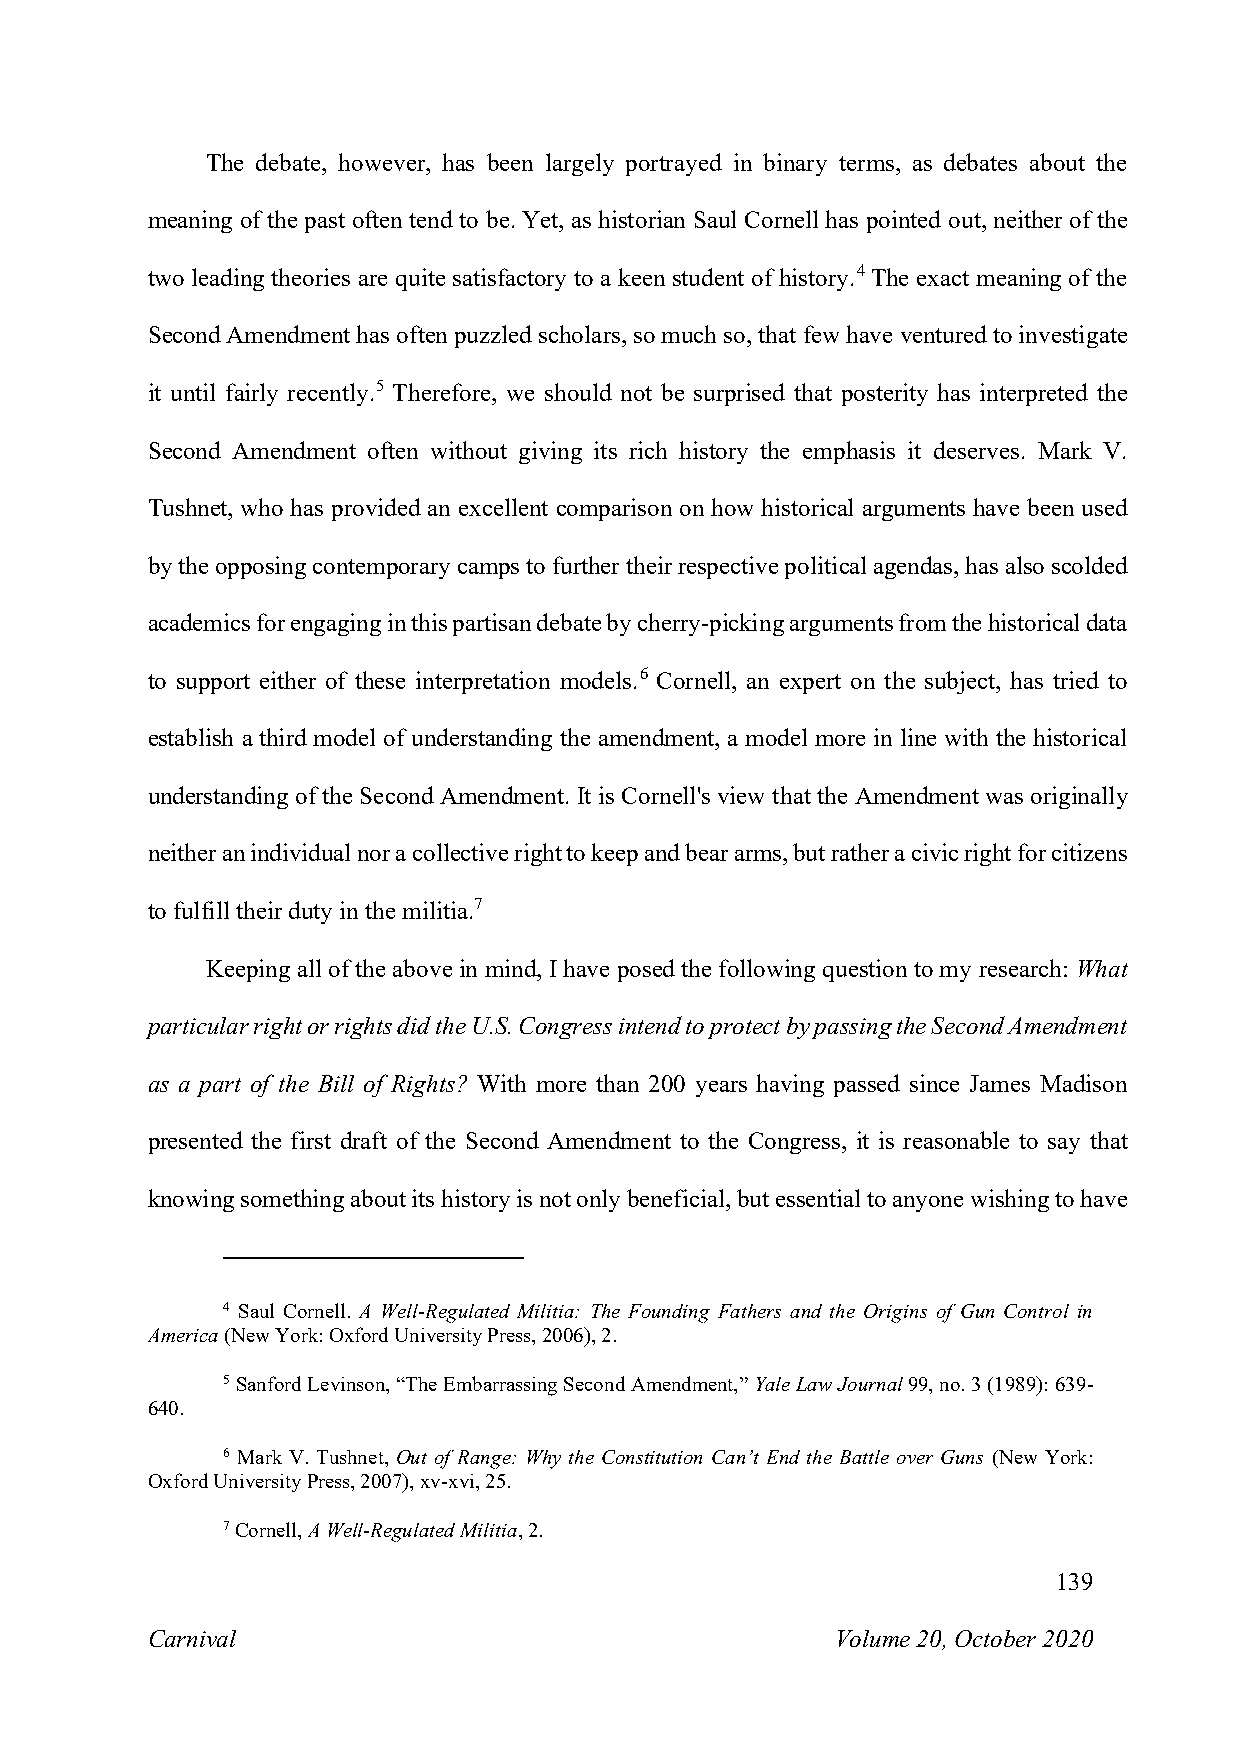
The debate, however, has been largely portrayed in binary terms, as debates about the
 meaning of the past often tend to be. Yet, as historian Saul Cornell has pointed out, neither of the
 two leading theories are quite satisfactory to a keen student of history.4 The exact meaning of the
 Second Amendment has often puzzled scholars, so much so, that few have ventured to investigate
 it until fairly recently.5 Therefore, we should not be surprised that posterity has interpreted the
 Second Amendment often without giving its rich history the emphasis it deserves. Mark V.
 Tushnet, who has provided an excellent comparison on how historical arguments have been used
 by the opposing contemporary camps to further their respective political agendas, has also scolded
 academics for engaging in this partisan debate by cherry-picking arguments from the historical data
 to support either of these interpretation models.6 Cornell, an expert on the subject, has tried to
 establish a third model of understanding the amendment, a model more in line with the historical
 understanding of the Second Amendment. It is Cornell's view that the Amendment was originally
 neither an individual nor a collective right to keep and bear arms, but rather a civic right for citizens
 to fulfill their duty in the militia.7
 Keeping all of the above in mind, I have posed the following question to my research: What
 particular right or rights did the U.S. Congress intend to protect by passing the Second Amendment
 as a part of the Bill of Rights? With more than 200 years having passed since James Madison
 presented the first draft of the Second Amendment to the Congress, it is reasonable to say that
 knowing something about its history is not only beneficial, but essential to anyone wishing to have
 4 Saul Cornell. A Well-Regulated Militia: The Founding Fathers and the Origins of Gun Control in
 America (New York: Oxford University Press, 2006), 2.
 5 Sanford Levinson, “The Embarrassing Second Amendment,” Yale Law Journal 99, no. 3 (1989): 639-
 640.
 6 Mark V. Tushnet, Out of Range: Why the Constitution Can’t End the Battle over Guns (New York:
 Oxford University Press, 2007), xv-xvi, 25.
 7 Cornell, A Well-Regulated Militia, 2.
 139
 Carnival                                     Volume 20, October 2020